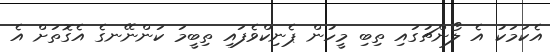
އެކަމަކު އެ ލޯންޗުގައި ތިބި މީހުން ޕެނިކްވެފައި ތިބީމަ ކަންނޭނގެ އެގޮތަށް އެ